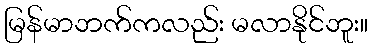
မြန်မာဘက်ကလည်း မလာနိုင်ဘူး။